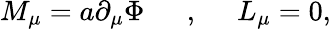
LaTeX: M_{\mu}=a\partial_{\mu}\Phi\, \, \, \, \, \, \, \, \, ,\, \, \, \, \, \, \, \, L_{\mu}=0,